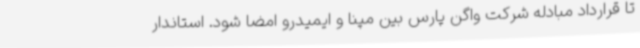
تا قرارداد مبادله شرکت واگن پارس بین مپنا و ایمیدرو امضا شود. استاندار